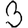
Digit: 3